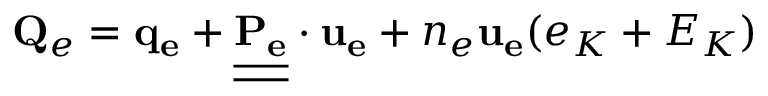
\mathbf { Q } _ { e } = \mathbf { q _ { e } } + \underline { { \underline { { \mathbf { P _ { e } } } } } } \cdot \mathbf { u _ { e } } + n _ { e } \mathbf { u _ { e } } ( e _ { K } + E _ { K } )